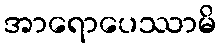
အာရောပေဿာမိ